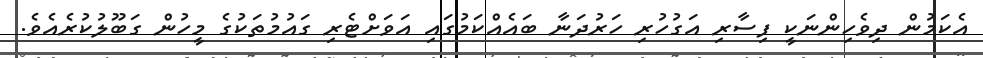
އެކަމުން ދިވެހިންނަކީ ފިސާރި އަގުހުރި ހަރުދަނާ ބައެއްކަމުގައި އަވަށްޓެރި ގައުމުތަކުގެ މީހުން ގަބޫލުކުރެއެވެ.